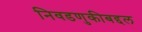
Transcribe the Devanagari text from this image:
निवडणुकीबद्दल